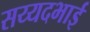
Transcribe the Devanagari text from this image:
सय्यदभाई